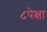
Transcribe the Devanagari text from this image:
८पेक्षा